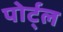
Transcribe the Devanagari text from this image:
पोर्ट्ल